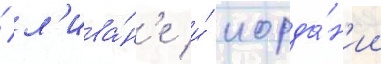
/ л'ива́н'е и́ иорда́н'ии